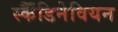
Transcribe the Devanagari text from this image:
स्कैँडिनेवियन